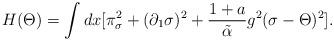
LaTeX: \begin{align*}H(\Theta) = \int dx [\pi_\sigma^2 + (\partial_1\sigma)^2 + {{1+a}\over {\tilde\alpha}}g^2(\sigma -\Theta)^2].\end{align*}